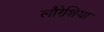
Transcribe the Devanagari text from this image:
लौरेशिया